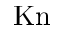
\mathrm { K n }